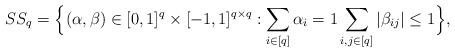
LaTeX: \begin{align*}\SS_q=\Bigl\{(\alpha,\beta) \in [0,1]^q \times [-1,1]^{q \times q} : \sum_{i\in [q]}\alpha_i=1\sum_{i,j\in [q]}|\beta_{ij}|\leq 1\Bigr\},\end{align*}